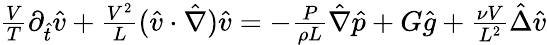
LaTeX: \begin{array}{r}{\frac{V}{T}\partial_{\hat{t}}\hat{v}+\frac{V^{2}}{L}(\hat{v}\cdot\hat{\nabla})\hat{v}=-\frac{P}{\rho L}\hat{\nabla}\hat{p}+G\hat{g}+\frac{\nu V}{L^{2}}\hat{\Delta}\hat{v}}\end{array}